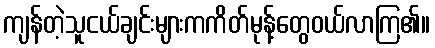
ကျန်တဲ့သူငယ်ချင်းများကကိတ်မုန့်တွေဝယ်လာကြ၏။